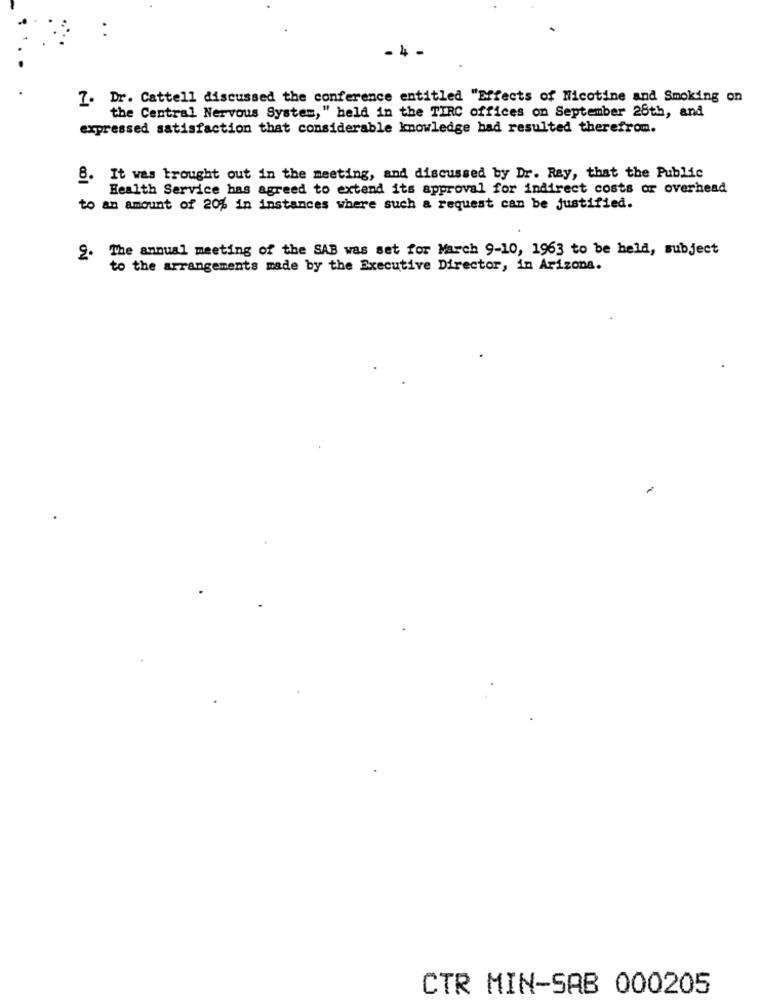
4
7. Dr. Cattell discussed the conference entitled "Effects of Nicotine and Smoking on
the Central Nervous System, " held in the TIRC offices on September 28th, and
expressed satisfaction that considerable knowledge bad resulted therefrom.
8. It was brought out in the meeting, and discussed by Dr. Ray, that the Public
Health Service has agreed to extend its approval for indirect costs or overhead
to an amount of 20% in instances where such a request can be justified.
The annual meeting of the SAB was set for March 9-10, 1963 to be held, subject
2.
to the arrangements made by the Executive Director, in Arizona.
CTR MIN-SAB 000205